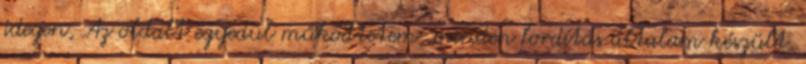
idegen, Az oldalt egyedül működtetem, minden fordítás általam készült.